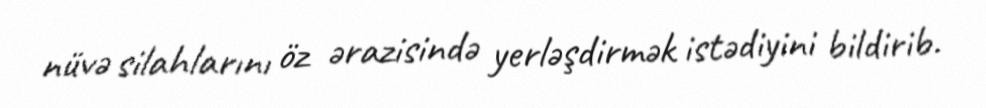
nüvə silahlarını öz ərazisində yerləşdirmək istədiyini bildirib.